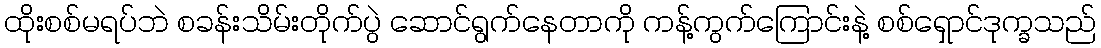
ထိုးစစ်မရပ်ဘဲ စခန်းသိမ်းတိုက်ပွဲ ဆောင်ရွက်နေတာကို ကန့်ကွက်ကြောင်းနဲ့ စစ်ရှောင်ဒုက္ခသည်